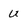
Character: U